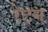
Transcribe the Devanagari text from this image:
रेटन